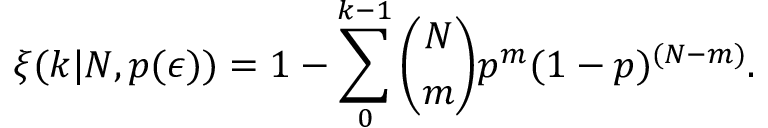
\xi ( k | N , p ( \epsilon ) ) = 1 - \sum _ { 0 } ^ { k - 1 } \binom N m p ^ { m } ( 1 - p ) ^ { ( N - m ) } .